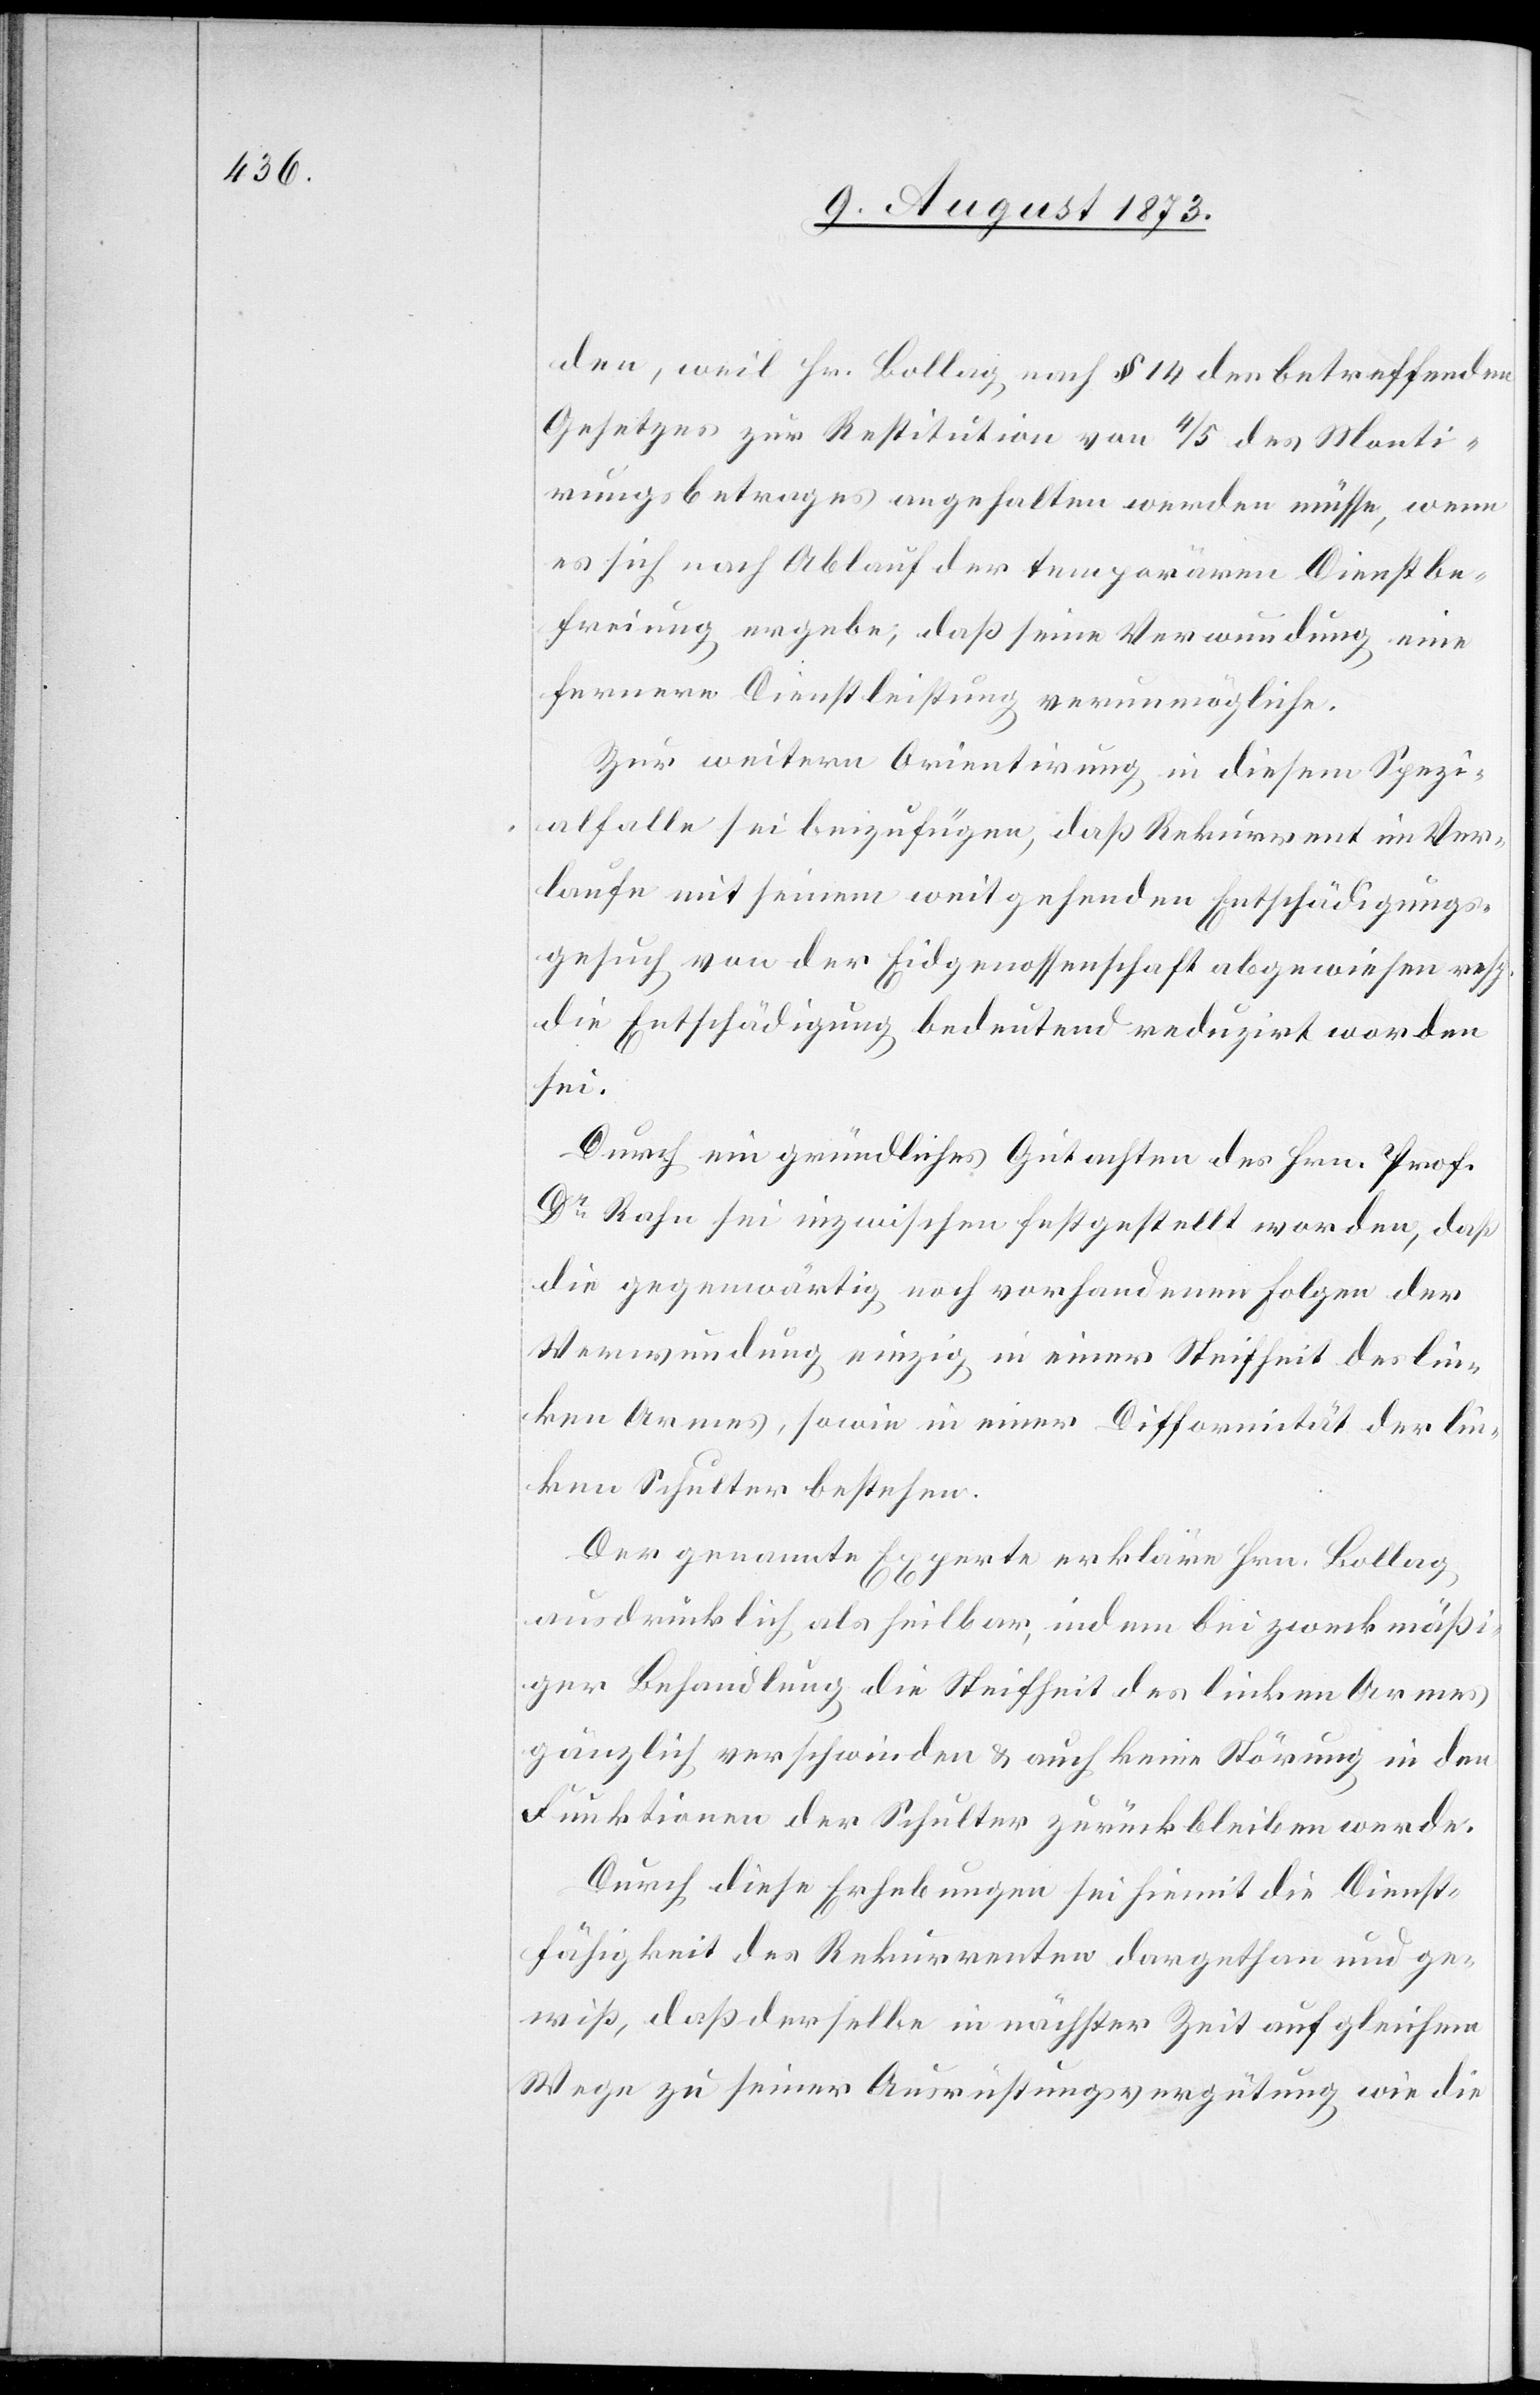
den, weil Hr. Bollag nach § 14 des betreffenden
Gesetzes zur Restitution von 4/5 des Monti¬
rungsbetrages angehalten werden müsse, wenn
es sich nach Ablauf der temporären Dienstbe¬
freiung ergebe, daß seine Verwundung eine
fernere Dienstleistung verunmögliche.
Zur weitern Orientirung in diesem Spezi¬
alfalle sei beizufügen, daß Rekurrent im Ver¬
laufe mit seinem weit gehenden Entschädigungs¬
gesuch von der Eidgenossenschaft abgewiesen resp.
die Entschädigung bedeutend reduzirt worden
sei.
Durch ein gründliches Gutachten des Hrn. Prof.
Dr Rahn sei inzwischen festgestellt worden, daß
die gegenwärtig noch vorhandenen Folgen der
Verwundung einzig in einer Steifheit des lin¬
ken Armes, sowie in einer Difformität der lin¬
ken Schulter bestehen.
Der genannte Experte erkläre Hrn. Bollag
ausdrücklich als heilbar, indem bei zweckmäßi¬
ger Behandlung die Steifheit des linken Armes
gänzlich verschwinden & auch keine Störung in den
Funktionen der Schulter zurückbleiben werde.
Durch diese Erhebungen sei hiemit die Dienst¬
fähigkeit des Rekurrenten dargethan und ge¬
wiß, daß derselbe in nächster Zeit auf gleichem
Wege zu seiner Ausrüstungsvergütung wie die